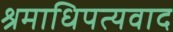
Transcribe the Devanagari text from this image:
श्रमाधिपत्यवाद